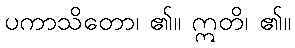
ပကာသိတော၊ ၏။ ဣတိ၊ ၏။